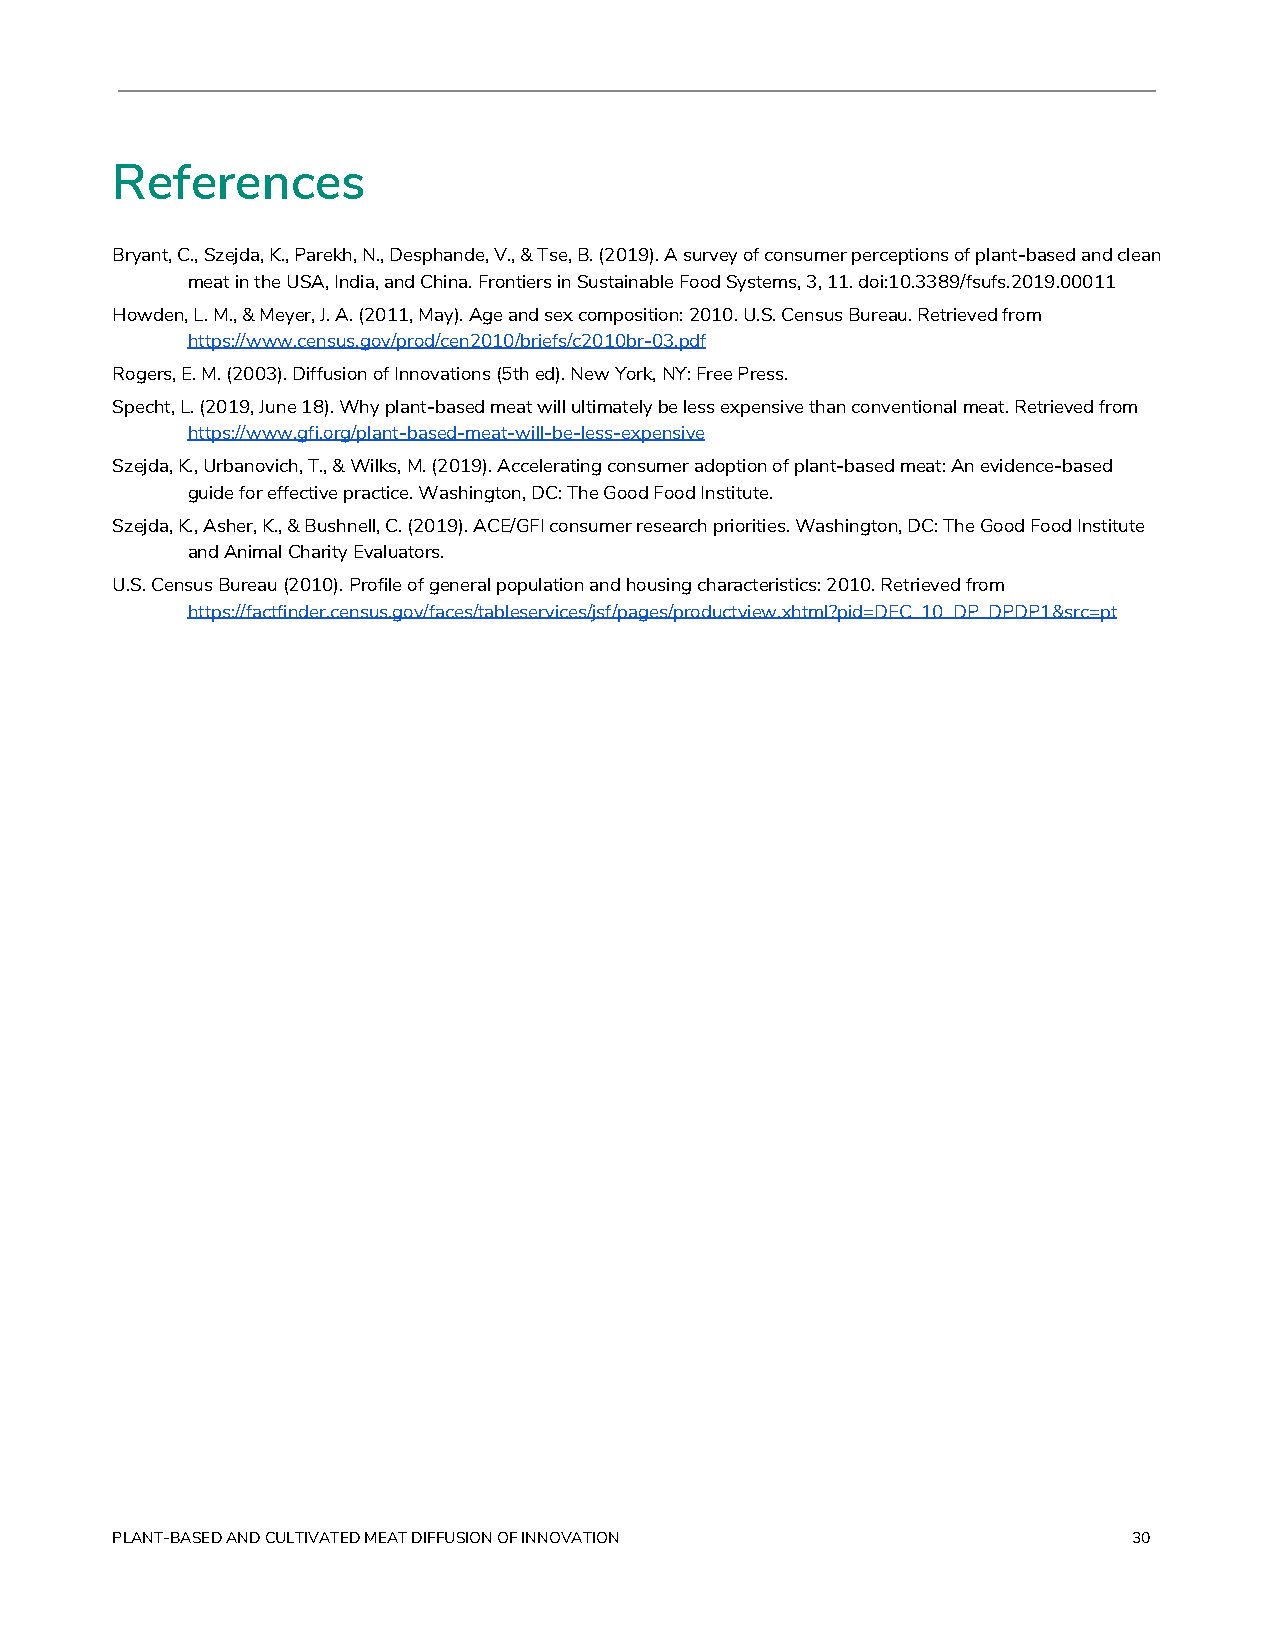
References
 Bryant, C., Szejda, K., Parekh, N., Desphande, V., & Tse, B. (2019). A survey of consumer perceptions of plant-based and clean
 meat in the USA, India, and China. Frontiers in Sustainable Food Systems, 3, 11. doi:10.3389/fsufs.2019.00011
 Howden, L. M., & Meyer, J. A. (2011, May). Age and sex composition: 2010. U.S. Census Bureau. Retrieved from
 https://www.census.gov/prod/cen2010/briefs/c2010br-03.pdf
 Rogers, E. M. (2003). Diffusion of Innovations (5th ed). New York, NY: Free Press.
 Specht, L. (2019, June 18). Why plant-based meat will ultimately be less expensive than conventional meat. Retrieved from
 https://www.gfi.org/plant-based-meat-will-be-less-expensive
 Szejda, K., Urbanovich, T., & Wilks, M. (2019). Accelerating consumer adoption of plant-based meat: An evidence-based
 guide for effective practice. Washington, DC: The Good Food Institute.
 Szejda, K., Asher, K., & Bushnell, C. (2019). ACE/GFI consumer research priorities. Washington, DC: The Good Food Institute
 and Animal Charity Evaluators.
 U.S. Census Bureau (2010). Profile of general population and housing characteristics: 2010. Retrieved from
 https://factfinder.census.gov/faces/tableservices/jsf/pages/productview.xhtml?pid=DEC_10_DP_DPDP1&src=pt
 PLANT-BASED AND CULTIVATED MEAT DIFFUSION OF INNOVATION             30